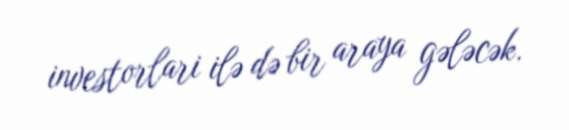
investorlari ilə də bir araya gələcək.